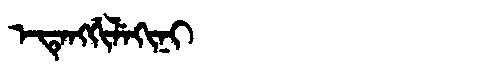
Manchu: ᡝᡨᡝᠩᡤᡳᠯᡝᡴᡳᠨᡳ
Romanization: ETENGGILEKINI